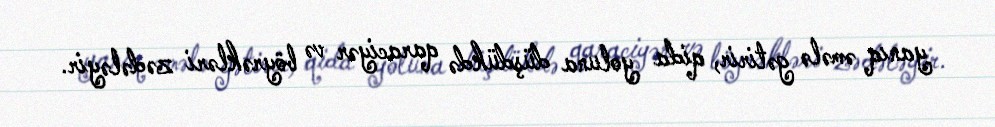
yanıq əmələ gətirir, qida yoluna düşdükdə qaraciyər və böyrəkləri zədələyir.